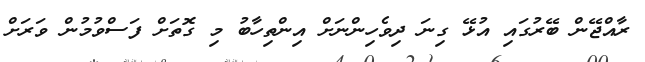
ރާއްޖޭން ބޭރުގައި އުޅޭ ގިނަ ދިވެހިންނަށް އިންތިހާބު މި ގޮތަށް ފަސްވުމުން ވަރަށް